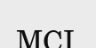
MCI